King Institute of Preventive Medicine Micro-Biological Section reports 1909-11
Year: 1909
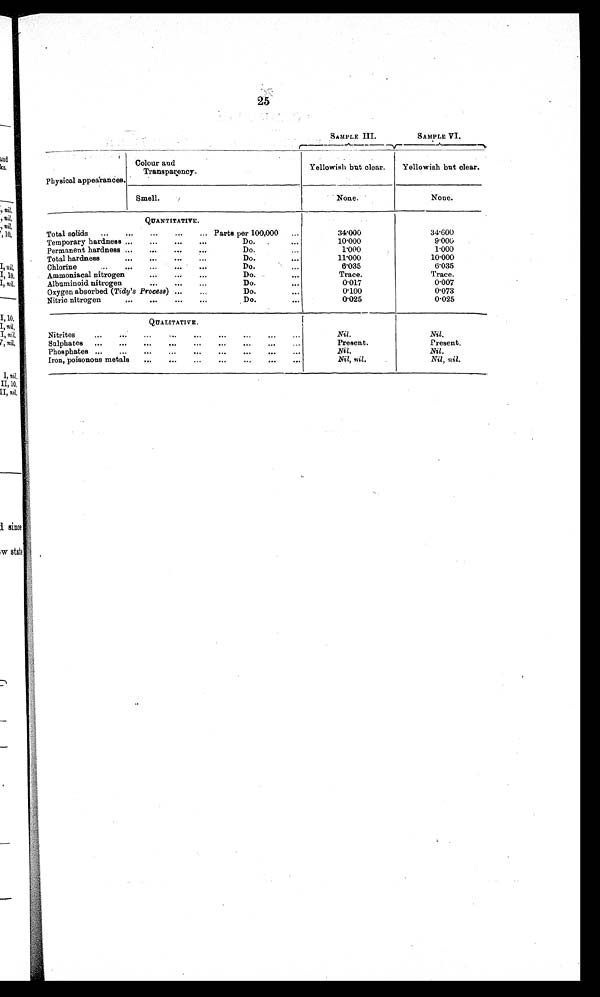
25
SAMPLE III.
SAMPLE VI.
Physical appearances.
Colour and
Transparency.
Yellowish but clear.
Yellowish but clear.
Smell.
None.
None.
QUANTITATIVE.
Total solids ... ...
...
... ...
Parts per 100,000
...
34.000
34.600
Temporary hardness
... ... ... ...
Do... ...
1 0 . 0 0 0
9.000
Permanent hardness ...
... ... ...
Do.
..
1 . 0 0 0
1.000
Total hardness
... ... ... ...
Do.
..
11.000
10.000
Chlorine
... ... ... ... ...
Do.
6.035
6.035
Ammoniacal nitrogen
... ... ...
Do.
...
Trace.
Trace.
Albuminoid nitrogen...
...
...
Do.
...
0.017
0.007
Oxygen absorbed ( Tidy's Process) ...
...
Do... ...
0 . 1 0 0
0.073
Nitric nitrogen
...
...
...
...
Do... . . .
0 . 0 2 5
0.025
QUALITATIVE.
Nitrites
...
... ...
... ...
... ...
...
...
Nil.
Nil.
Sulphates ...
...
...
...
...
...
... ...
...
Present.
Present.
Phosphates ...
...
...
...
...
...
...
...
...
Nil.
Nil.
Iron, poisonous metals
...
...
...
...
...
...
...
Nil, nil.
Nil, nil.